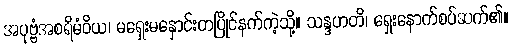
အပုဗ္ဗံအစရိမံဝိယ၊ မရှေးမနှောင်းတပြိုင်နက်ကဲ့သို့။ သန္ဒဟတိ၊ ရှေးနောက်စပ်ဆက်၏။